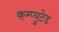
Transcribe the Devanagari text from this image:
कम्प्युटेड